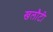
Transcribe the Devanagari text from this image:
खलौटी